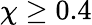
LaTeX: \chi\geq 0.4